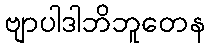
ဗျာပါဒါဘိဘူတေန